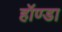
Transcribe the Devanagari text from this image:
हॉण्डा